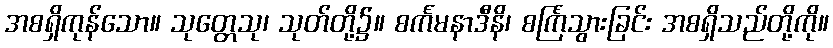
အစရှိကုန်သော။ သုတ္တေသု၊ သုတ်တို့၌။ စင်္ကမနာဒီနိ၊ စင်္ကြံသွားခြင်း အစရှိသည်တို့ကို။